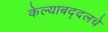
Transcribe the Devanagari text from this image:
केल्याबद्दलचे